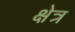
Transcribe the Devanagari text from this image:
क्षेत्र